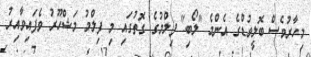
މިހާރުވެސް ބޮލީވުޑްގެ އެންމެ "ލޯބި" ފިލްމުގެ ގޮތުގައި މި ފިލްމު މަޝްހޫރު ވެފައިވާއިރު